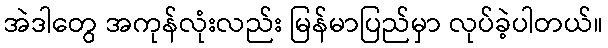
အဲဒါတွေ အကုန်လုံးလည်း မြန်မာပြည်မှာ လုပ်ခဲ့ပါတယ်။